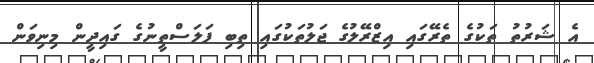
އެ ޝަރުތު ތަކުގެ ތެރޭގައި އިޒްރޭލުގެ ޖަލުތަކުގައި ތިބި ފަލަސްތީނުގެ ގައިދީން މިނިވަން